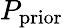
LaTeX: P_{\mathrm{prior}}